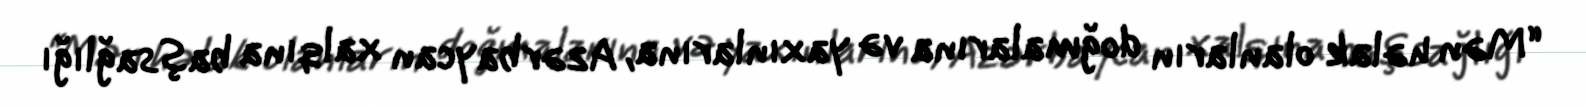
“Mən həlak olanların doğmalarına və yaxınlarına, Azərbaycan xalqına başsağlığı